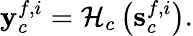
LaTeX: {\mathbf{y}}_{c}^{f,i}={{\cal{H}}_{c}}\left({\mathbf{s}}_{c}^{f,i}\right).